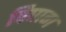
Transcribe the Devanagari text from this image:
विघाग